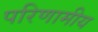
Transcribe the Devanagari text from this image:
परिणामीय